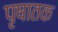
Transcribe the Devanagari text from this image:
पृषातक